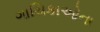
ગાયિકાઓના